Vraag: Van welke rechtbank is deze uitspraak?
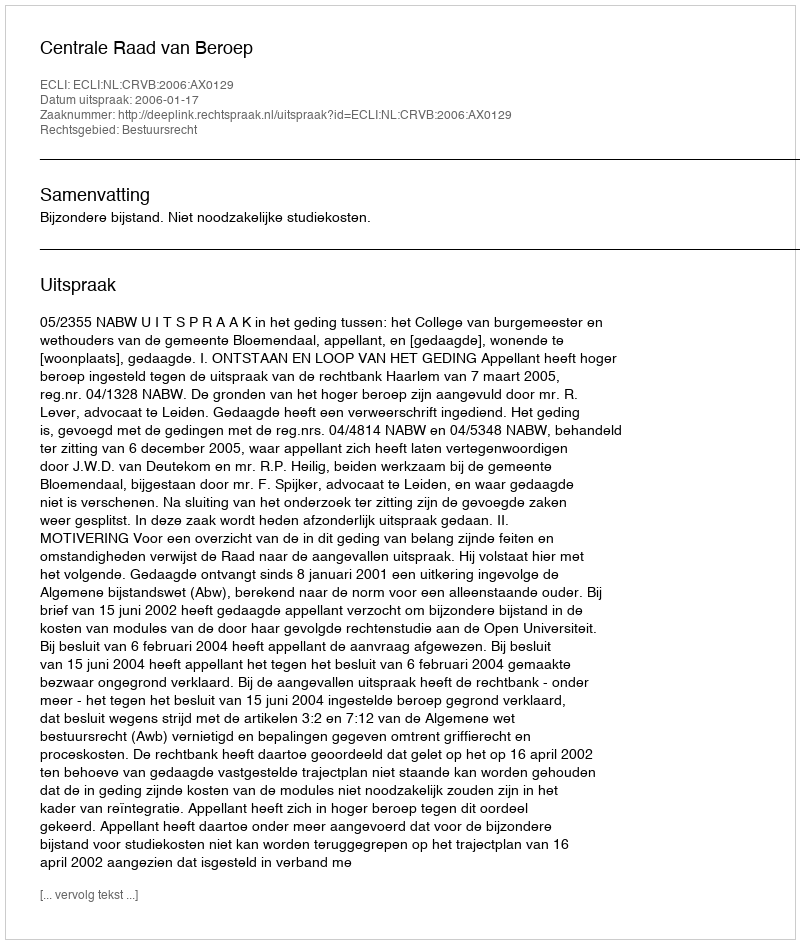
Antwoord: Centrale Raad van Beroep